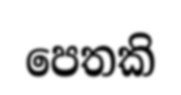
පෙතකි